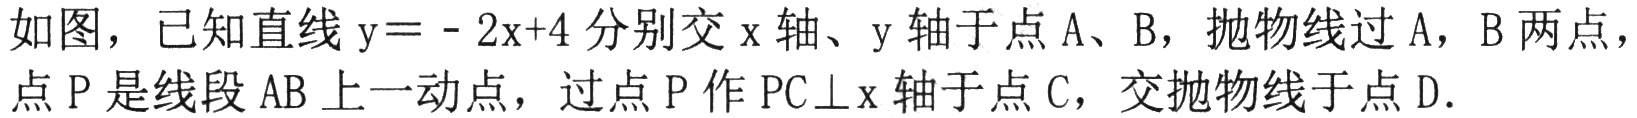
如图，已知直线\(y = - 2x + 4\)分别交\(x\)轴、\(y\)轴于点\(A\)、\(B\)，抛物线过\(A\)，\(B\)两点，点\(P\)是线段\(AB\)上一动点，过点\(P\)作\(PC\bot x\)轴于点\(C\)，交抛物线于点\(D\)．